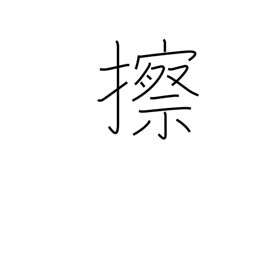
Meaning: grate